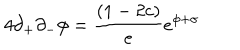
4 \partial _ { + } \partial _ { - } \phi = { \frac { ( 1 - 2 c ) } { e } } e ^ { \phi + \sigma }